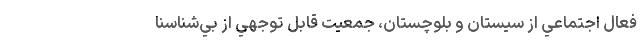
فعال اجتماعي از سيستان و بلوچستان، جمعيت قابل ‌توجهي از بي‌شناسنا